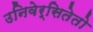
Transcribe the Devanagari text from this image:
उनिवेर्सितेतो